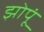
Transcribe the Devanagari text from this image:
झोपूं